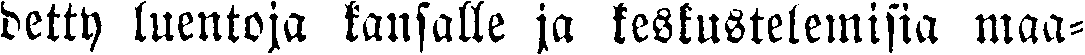
detty luentoja kansalle ja keskustelemisia maa-